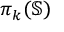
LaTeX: \pi _ { k } ( \mathbb { S } )